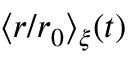
\langle r / r _ { 0 } \rangle _ { \xi } ( t )